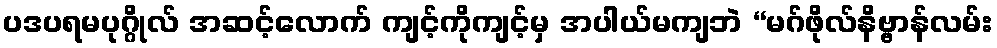
ပဒပရမပုဂ္ဂိုလ် အဆင့်လောက် ကျင့်ကိုကျင့်မှ အပါယ်မကျဘဲ “မဂ်ဖိုလ်နိဗ္ဗာန်လမ်း